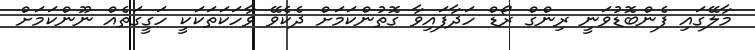
މާލޭގައި ފެންބޮޑުވަނީ ރިންގް ރޯޑް ހަދާފައިވާ ގޮތުންކަމަށް ދެކެވޭ ވާހަކަތަކަކީ ހަގީގަތެއް ނޫންކަމަށް